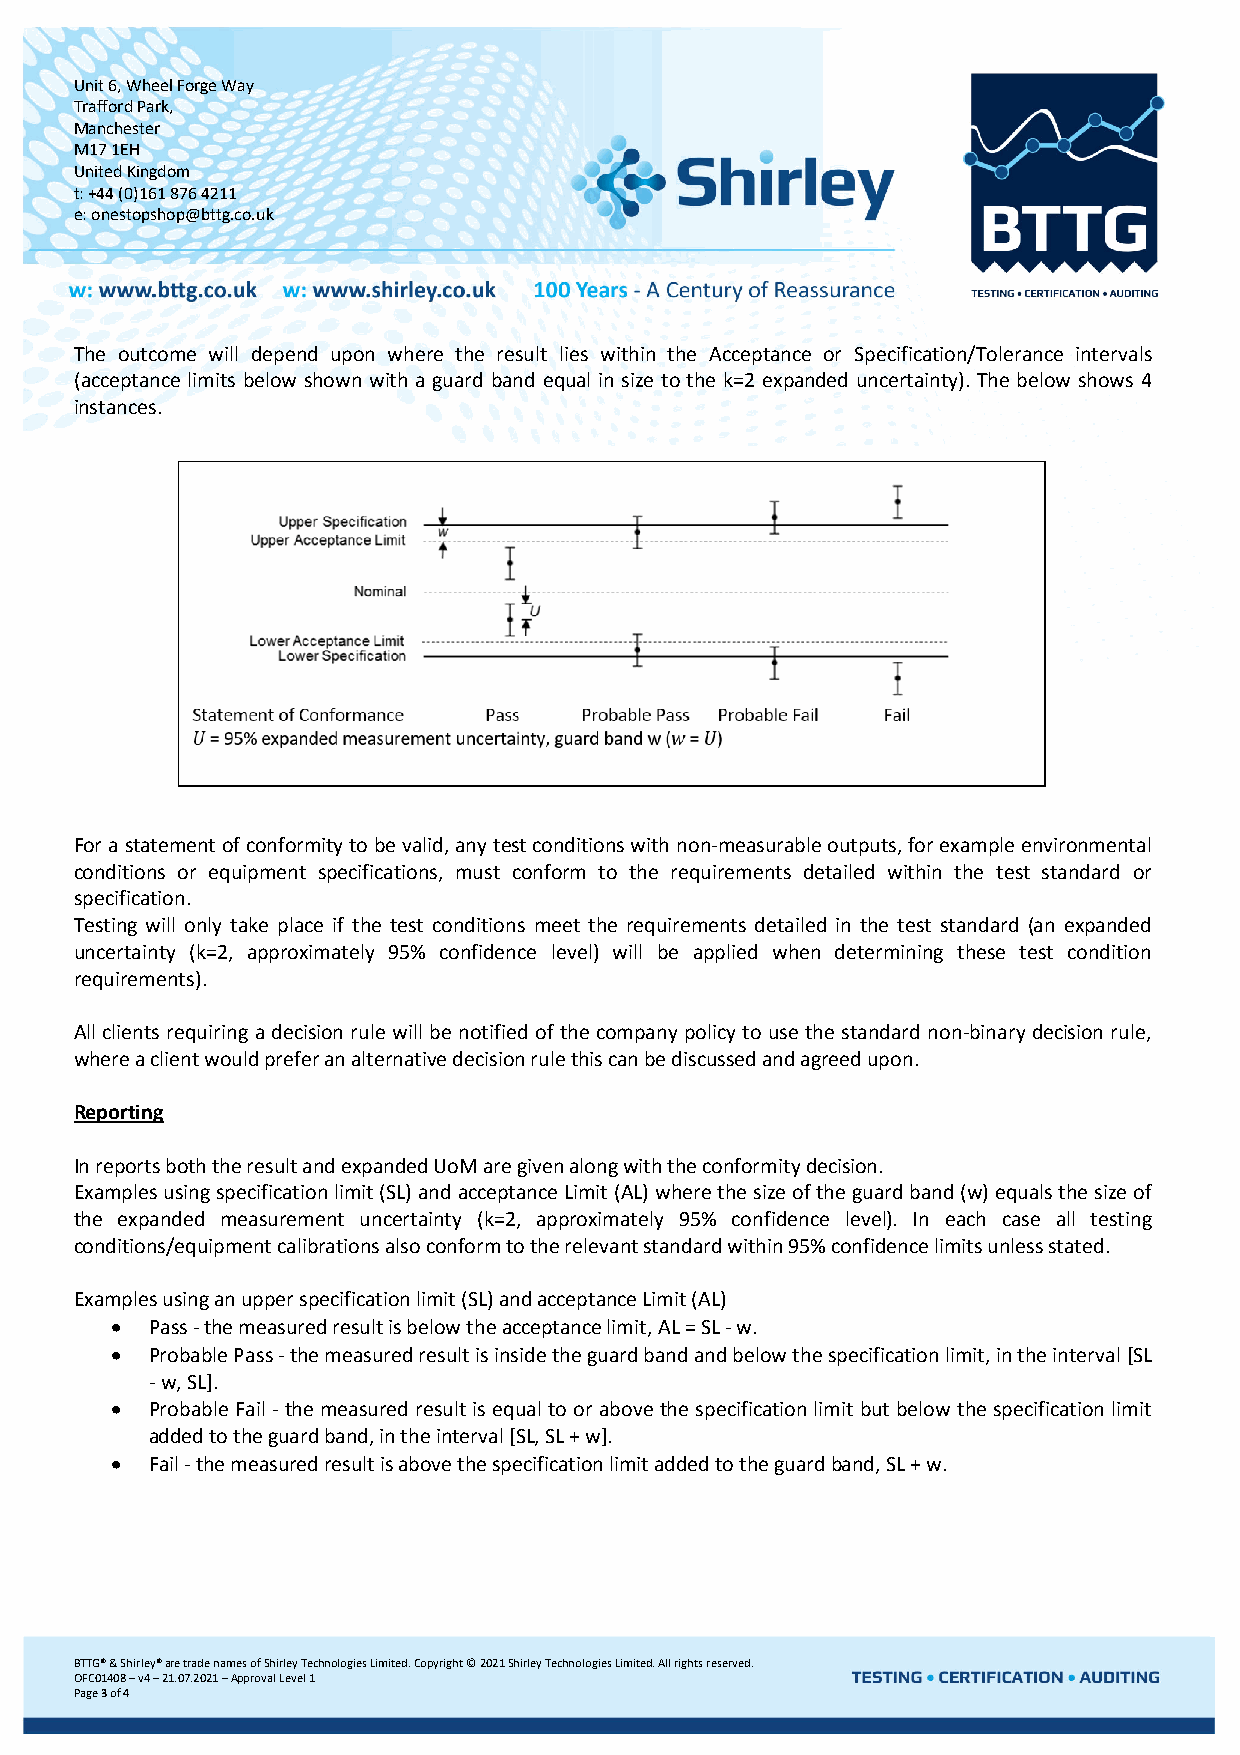
Unit 6, Wheel Forge Way
 Trafford Park,
 Manchester
 M17 1EH
 United Kingdom
 t: +44 (0)161 876 4211
 e: onestopshop@bttg.co.uk
 The outcome will depend upon where the result lies within the Acceptance or Specification/Tolerance intervals
 (acceptance limits below shown with a guard band equal in size to the k=2 expanded uncertainty). The below shows 4
 instances.
 For a statement of conformity to be valid, any test conditions with non-measurable outputs, for example environmental
 conditions or equipment specifications, must conform to the requirements detailed within the test standard or
 specification.
 Testing will only take place if the test conditions meet the requirements detailed in the test standard (an expanded
 uncertainty (k=2, approximately 95% confidence level) will be applied when determining these test condition
 requirements).
 All clients requiring a decision rule will be notified of the company policy to use the standard non-binary decision rule,
 where a client would prefer an alternative decision rule this can be discussed and agreed upon.
 Reporting
 In reports both the result and expanded UoM are given along with the conformity decision.
 Examples using specification limit (SL) and acceptance Limit (AL) where the size of the guard band (w) equals the size of
 the expanded measurement uncertainty (k=2, approximately 95% confidence level). In each case all testing
 conditions/equipment calibrations also conform to the relevant standard within 95% confidence limits unless stated.
 Examples using an upper specification limit (SL) and acceptance Limit (AL)
 •  Pass - the measured result is below the acceptance limit, AL = SL - w.
 •  Probable Pass - the measured result is inside the guard band and below the specification limit, in the interval [SL
 - w, SL].
 •  Probable Fail - the measured result is equal to or above the specification limit but below the specification limit
 added to the guard band, in the interval [SL, SL + w].
 •  Fail - the measured result is above the specification limit added to the guard band, SL + w.
 BTTG® & Shirley® are trade names of Shirley Technologies Limited. Copyright © 2021 Shirley Technologies Limited. All rights reserved.
 OFC01408 – v4 – 21.07.2021 – Approval Level 1
 Page 3 of 4